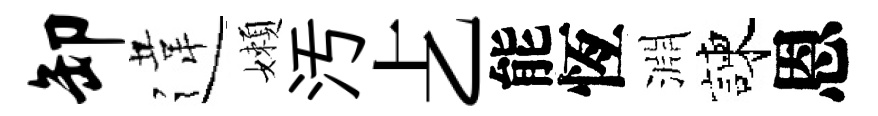
卸違嬾汚𠧒能恆淵諫恩